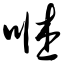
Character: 咻